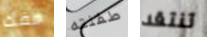
مفك طفلته تنتقد